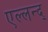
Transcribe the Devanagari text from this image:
एल्लन्द्